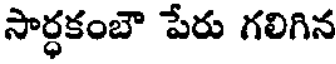
సార్ధకంబౌ పేరు గలిగిన